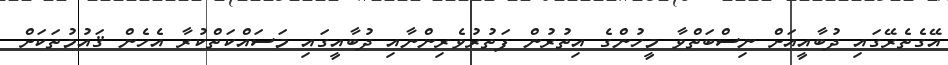
އޭގެތެރޭގައި ދުބާއީއަށް ނިސްބަތްވާ މީހުންގެ އިތުރުން ފަތުރުވެރިންނާއި ދުބާއީގައި މަސައްކަތްކުރާ އެހެން ޤައުމުތަކަށް